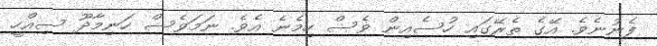
ފެނުނެވެ. އޭގެ ތެރޭގައި ހުސެއިން ވެސް ހިމެނެ އެވެ. ނަމަވެސް ހަނިމާދޫ ސިއްހީ